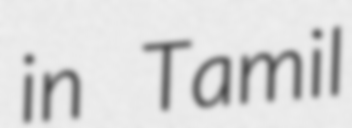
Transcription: in Tamil